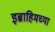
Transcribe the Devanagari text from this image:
इब्राहिमच्या